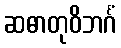
ဆဓာတုဝိဘင်္ဂံ